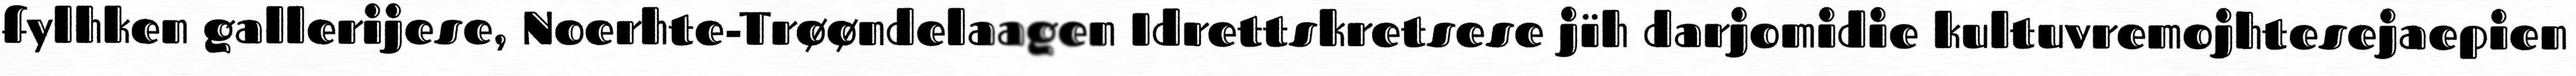
fylhken gallerijese, Noerhte-Trøøndelaagen Idrettskretsese jïh darjomidie kultuvremojhtesejaepien